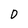
Character: O